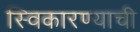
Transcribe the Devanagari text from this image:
स्विकारण्याची